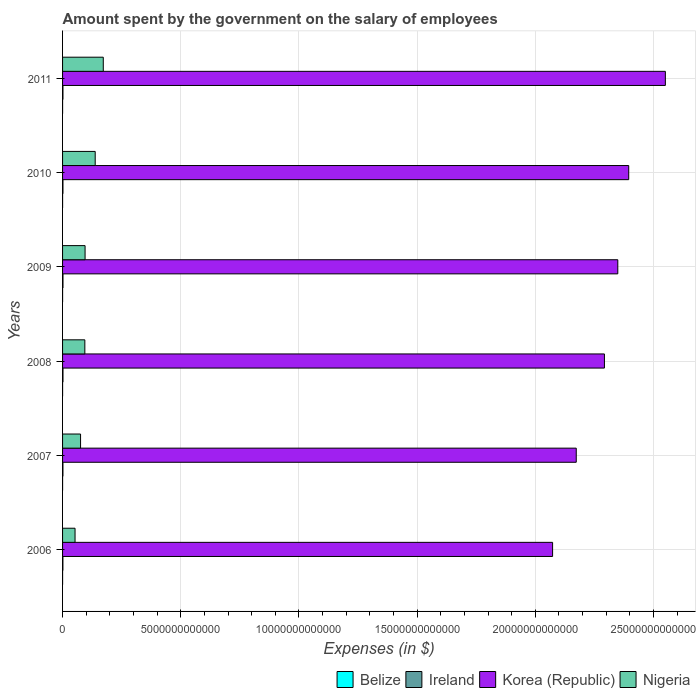
| Years | Belize | Ireland | Korea (Republic) | Nigeria |
 | --- | --- | --- | --- | --- |
 | 2006 | 2.19e+08 | 1.45e+10 | 2.07e+13 | 5.28e+11 |
 | 2007 | 2.34e+08 | 1.59e+10 | 2.17e+13 | 7.61e+11 |
 | 2008 | 2.5e+08 | 1.8e+10 | 2.29e+13 | 9.43e+11 |
 | 2009 | 2.74e+08 | 1.77e+10 | 2.35e+13 | 9.53e+11 |
 | 2010 | 2.79e+08 | 1.65e+10 | 2.4e+13 | 1.38e+12 |
 | 2011 | 2.96e+08 | 1.63e+10 | 2.55e+13 | 1.72e+12 |